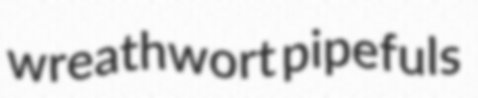
wreathwort pipefuls